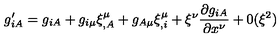
g _ { i A } ^ { \prime } = g _ { i A } + g _ { i \mu } \xi _ { , A } ^ { \mu } + g _ { A \mu } \xi _ { , i } ^ { \mu } + \xi ^ { \nu } \frac { \partial g _ { i A } } { \partial x ^ { \nu } } + 0 ( \xi ^ { 2 } )